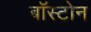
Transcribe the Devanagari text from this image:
बाॅस्टोन